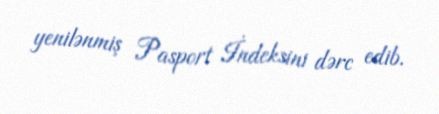
yenilənmiş Pasport İndeksini dərc edib.